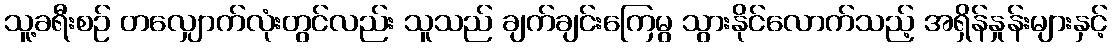
သူ့ခရီးစဉ် တလျှောက်လုံးတွင်လည်း သူသည် ချက်ချင်းကြေမွ သွားနိုင်လောက်သည့် အရှိန်နှုန်းများနှင့်